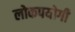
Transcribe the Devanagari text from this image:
लोकपयोगी